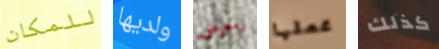
للمكان ولديها يعرض عملها كذلك